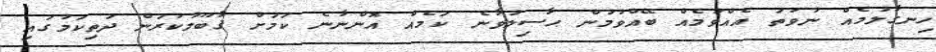
ހިނގާލުމެއް ނުވަތަ އެއްވުމެއް ބޭއްވުމުން ޙާސިލުވާނެ ކަމެއް އޮންނާނެ ކަމަށް ޤާބޫލުކުރަން ދަތިކަމުގައި